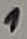
Text: 1